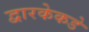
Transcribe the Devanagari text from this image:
द्वारकेकडे